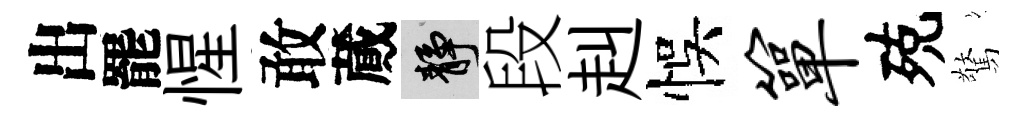
出罷惺敢蕆靜段赳悞箪殑驚